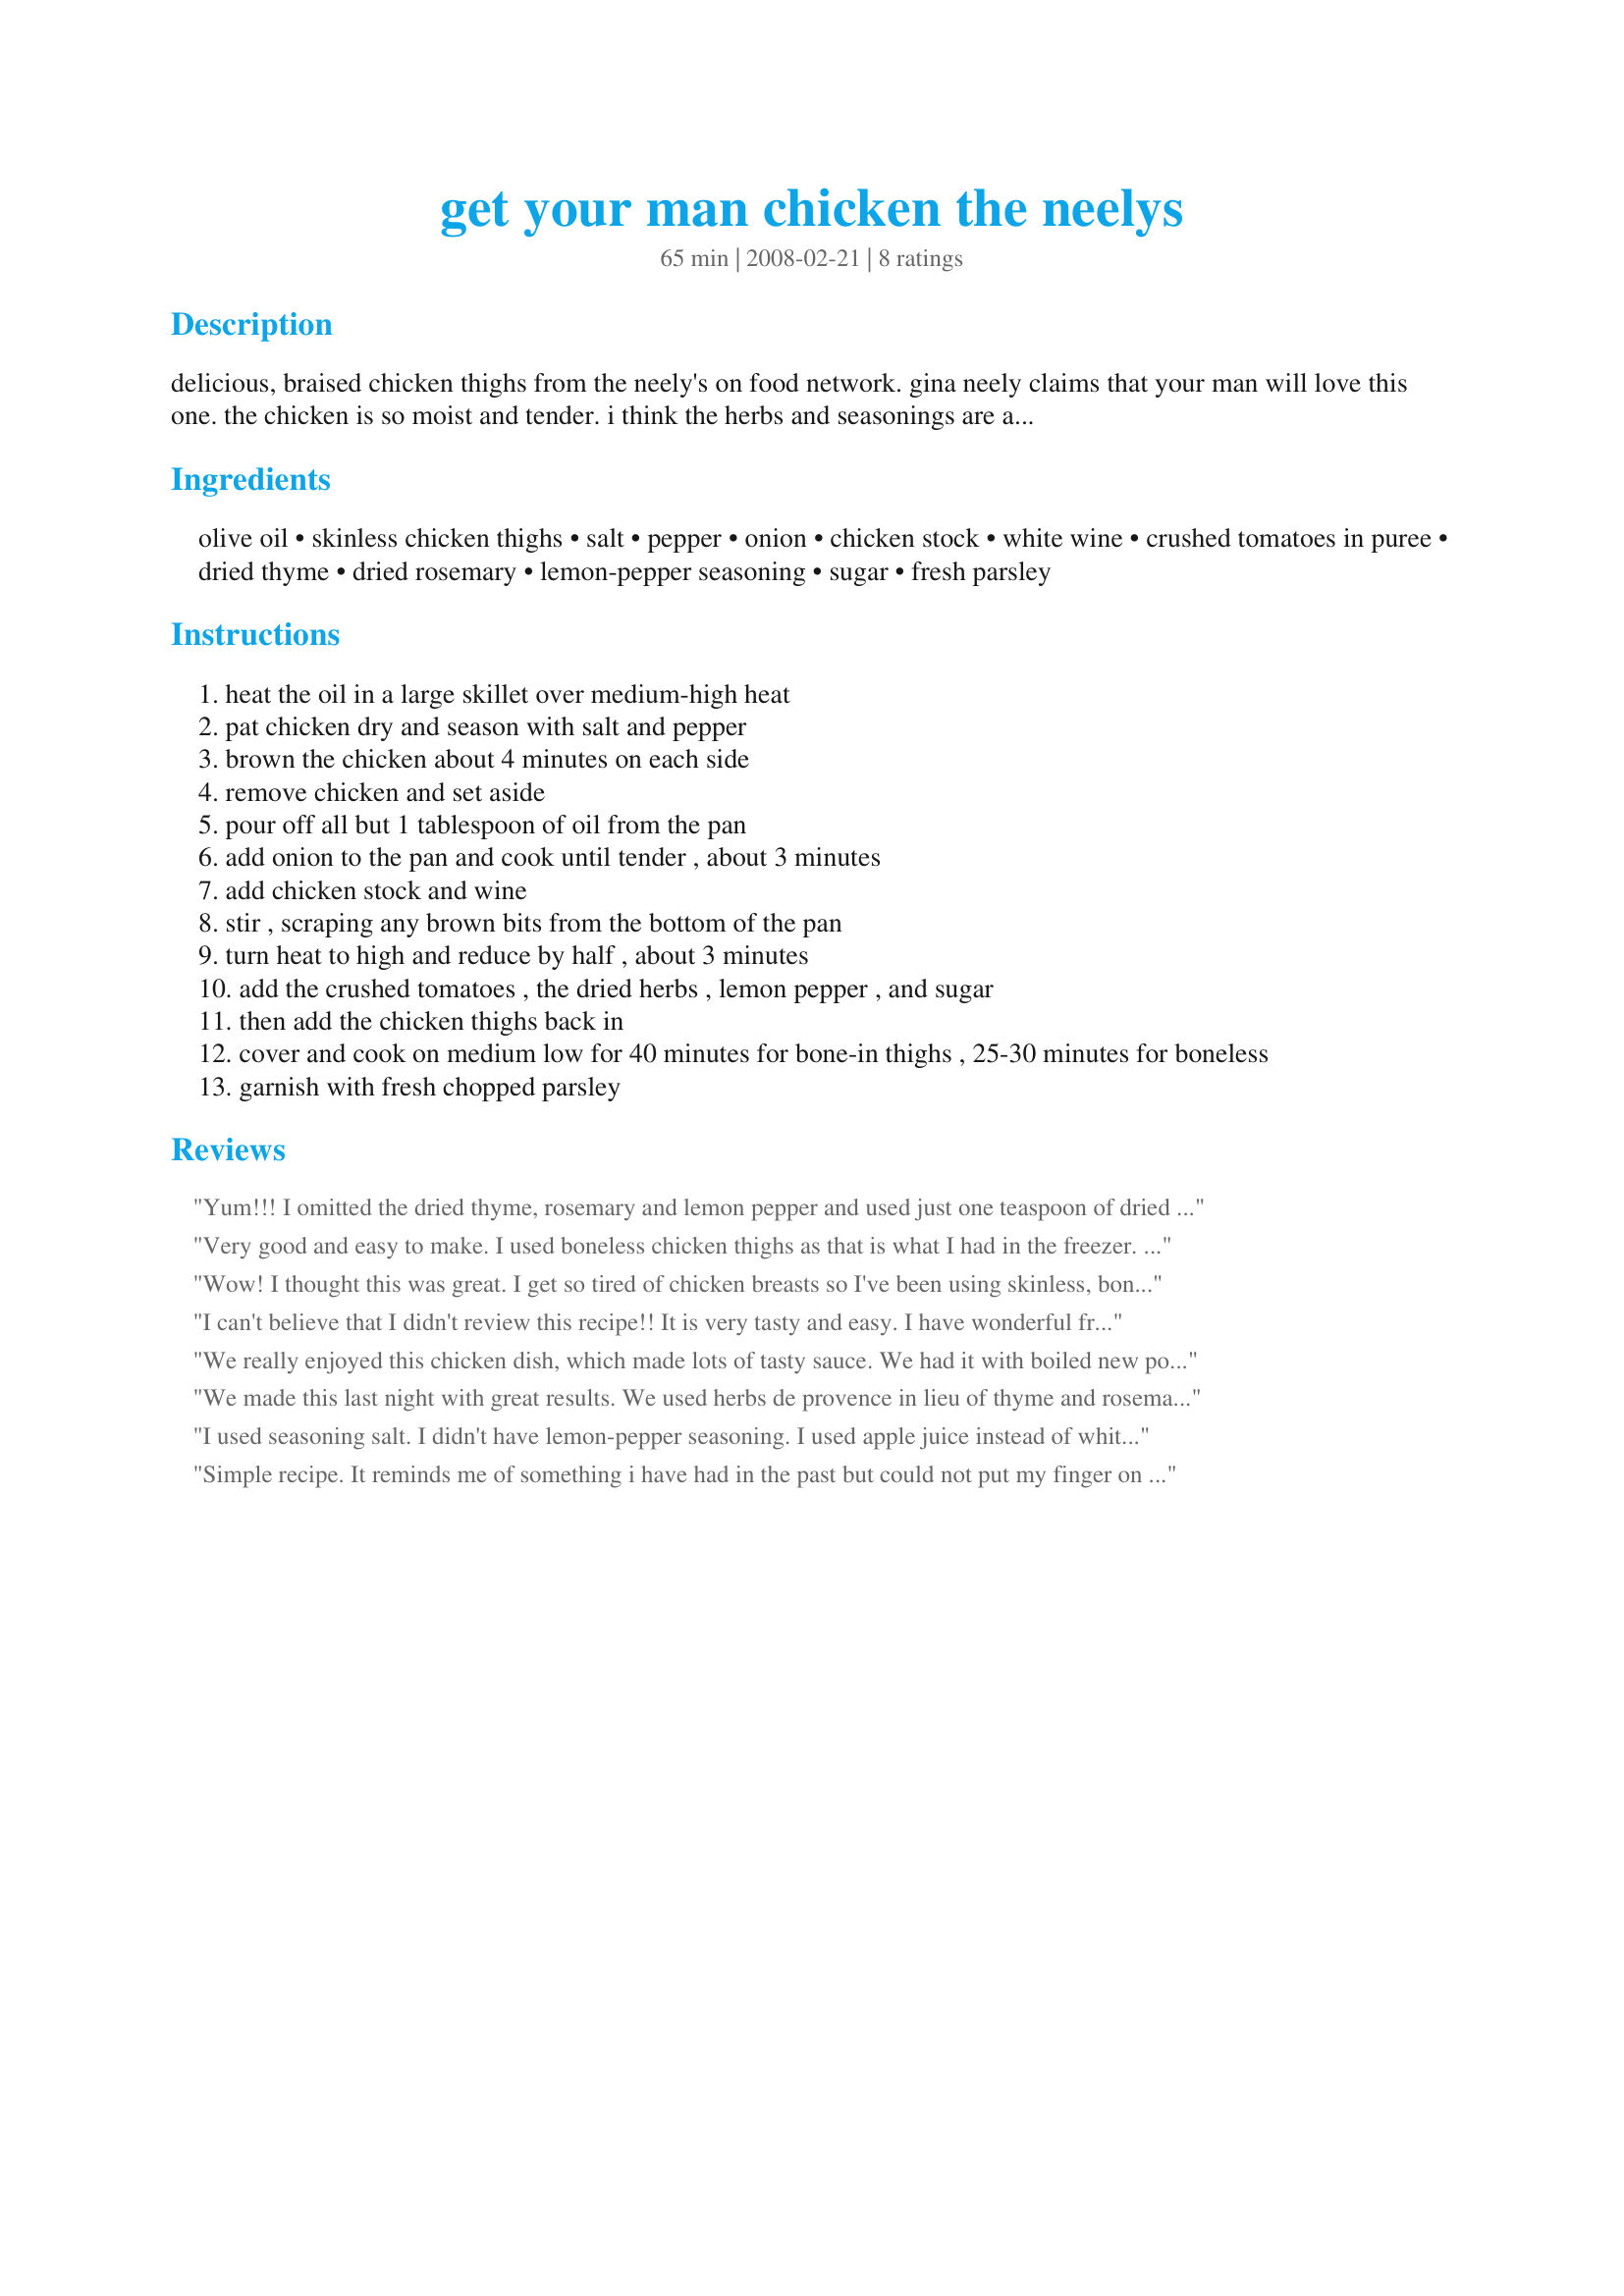
get your man chicken the neelys
Preparation time: 65 minutes

delicious, braised chicken thighs from the neely's on food network. gina neely claims that your man will love this one. the chicken is so moist and tender. i think the herbs and seasonings are a little strong, so i've indicated a range for the amounts. i have also subbed herbs de provence for both thyme and rosemary, and really like the results. i prefer to use a total of 1 tsp dried herbs de provence and 1/2 tbs of lemon pepper. and i like to add 1/2 tsp sugar to balance out the acidity in the canned tomatoes. serve over hot buttered rice. i'm also going to try this with pork chops.

Ingredients:
olive oil, skinless chicken thighs, salt, pepper, onion, chicken stock, white wine, crushed tomatoes in puree, dried thyme, dried rosemary, lemon-pepper seasoning, sugar, fresh parsley

Steps:
heat the oil in a large skillet over medium-high heat
pat chicken dry and season with salt and pepper
brown the chicken about 4 minutes on each side
remove chicken and set aside
pour off all but 1 tablespoon of oil from the pan
add onion to the pan and cook until tender , about 3 minutes
add chicken stock and wine
stir , scraping any brown bits from the bottom of the pan
turn heat to high and reduce by half , about 3 minutes
add the crushed tomatoes , the dried herbs , lemon pepper , and sugar
then add the chicken thighs back in
cover and cook on medium low for 40 minutes for bone-in thighs , 25-30 minutes for boneless
garnish with fresh chopped parsley

Reviews:
Yum!!! I omitted the dried thyme, rosemary and lemon pepper and used just one teaspoon of dried herb de provence. I also used fire roasted crushed tomatoes and boneless skinless thighs. Perfection!!! I served over buttered rice and will definitely be making this again and again!! THX!
Very good and easy to make. I used boneless chicken thighs as that is what I had in the freezer. I followed the rest of the recipe as written other then I didn't have white wine so used chicken broth. I also just used pepper as I didn't have lemon pepper. I used Splenda instead of sugar as that is all I buy. I didn't add the parsley as I am not a fan. This was enjoyed by the whole family.
Wow! I thought this was great. I get so tired of chicken breasts so I've been using skinless, boneless thighs for more flavor. Made this recipe as directed (with the addition of some sliced ripe olives left over from a previous dinner prep) and served it over pasta. The sauce, while easy, was delicious. The whole meal went together quickly too. Thanks Recipe Reader! This one goes in my Favorites file.
I can't believe that I didn't review this recipe!! It is very tasty and easy. I have wonderful fresh rosemary in the garden so I went with fresh, so good. Otherwise I followed the recipe as is. I did double it as I had 14 chicken thighs. I ended up with lots of leftover sauce which I stuck in the freezer and tonight I am using it to cover pork chops and serve over fettuccini. Thanks for sharing your recipe.
We really enjoyed this chicken dish, which made lots of tasty sauce. We had it with boiled new potatoes, but next time I will try it with rice or pasta.
We made this last night with great results. We used herbs de provence in lieu of thyme and rosemary, and Mrs Dash for the lemon-pepper. The chicken is very tender and flavorful. We shredded up the leftovers and made 'get your man tacos' for lunch today using flour tortillas and adding lettuce, tomato, cheddar cheese and sour cream. Yummy!
I used seasoning salt. I didn't have lemon-pepper seasoning. I used apple juice instead of white wine. I didn't have crushed tomatoes so I used diced tomatoes. At the end, I added the internal thermomether in the chicken to know when it was ready. My chicken thighs were boneless so the cooking time was less longer. The chicken was tender and the taste is outstanding. Thanks Recipe Reader :) Made for Please Review My Recipe
Simple recipe. It reminds me of something i have had in the past but could not put my finger on it. The flavor was good and it did make alot of extra sauce. I would recommend using more chicken (5-6 more thighs) if you follow the sauce recipe.
